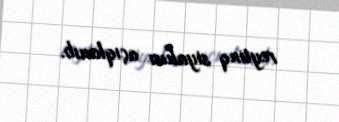
reytinq siyahısı açıqlanıb.